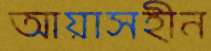
আয়াসহীন